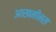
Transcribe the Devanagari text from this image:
आखमीनस